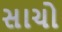
સાચો